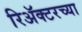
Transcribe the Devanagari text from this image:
रिॲक्टरच्या